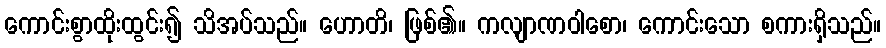
ကောင်းစွာထိုးထွင်း၍ သိအပ်သည်။ ဟောတိ၊ ဖြစ်၏။ ကလျာဏဝါစော၊ ကောင်းသော စကားရှိသည်။